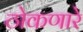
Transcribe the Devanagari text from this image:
ठोकणारे